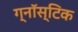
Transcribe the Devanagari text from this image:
ग्नॉस्टिक